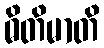
ဓိတိမာတိ